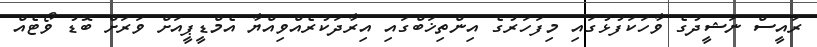
ރައީސް ނަޝީދުގެ ވާހަކަފުޅުގައި މިފަހަރުގެ އިންތިޚަބްގައި އިރާދަކުރެއްވިއްޔާ އެމްޑީޕީއަށް ވަރަށް ބޮޑު ވޯޓެއް